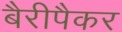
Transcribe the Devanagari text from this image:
बैरीपैकर